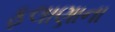
ફલાણાના